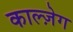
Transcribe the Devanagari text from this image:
काल्ज़ेग